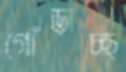
গোঁড়াচ্ছ